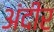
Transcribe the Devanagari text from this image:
अंदीर